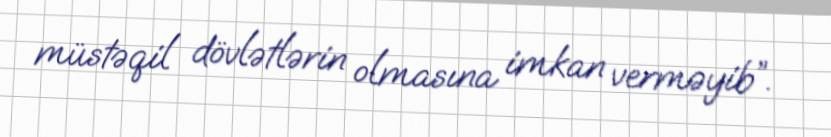
müstəqil dövlətlərin olmasına imkan verməyib”.